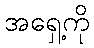
အရှေ့ကို